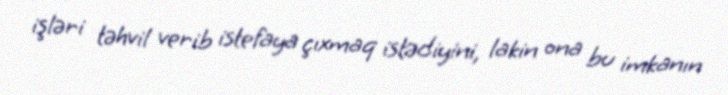
işləri təhvil verib istefaya çıxmaq istədiyini, lakin ona bu imkanın